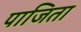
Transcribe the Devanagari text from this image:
पाजिता